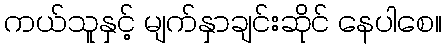
ကယ်သူနှင့် မျက်နှာချင်းဆိုင် နေပါစေ။